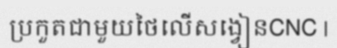
ប្រកួតជាមួយថៃលើសង្វៀនCNC |